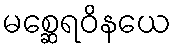
မစ္ဆေရဝိနယေ